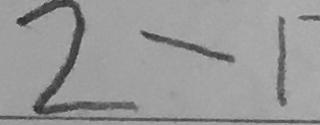
2 - 1